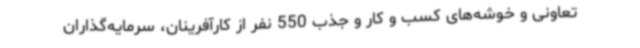
تعاونی و خوشه‌های کسب و کار و جذب 550 نفر از کارآفرینان، سرمایه‌گذاران